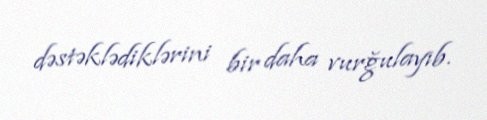
dəstəklədiklərini bir daha vurğulayıb.